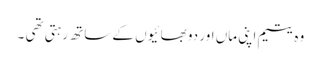
وہ یتیم اپنی ماں اور دو بھائیوں کے ساتھ رہتی تھی ۔